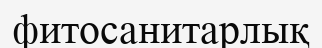
фитосанитарлық